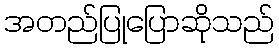
အတည်ပြုပြောဆိုသည်